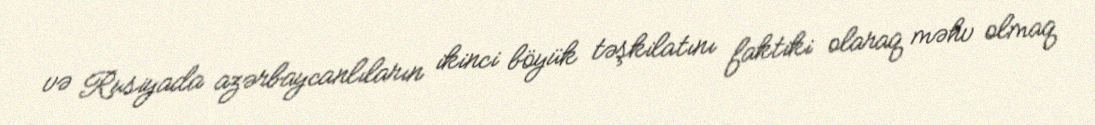
və Rusiyada azərbaycanlıların ikinci böyük təşkilatını faktiki olaraq məhv olmaq